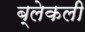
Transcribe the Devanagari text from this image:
ब्लेकली